Annual administration report of the Civil Veterinary Department of India - 1910-1911
Year: 1910
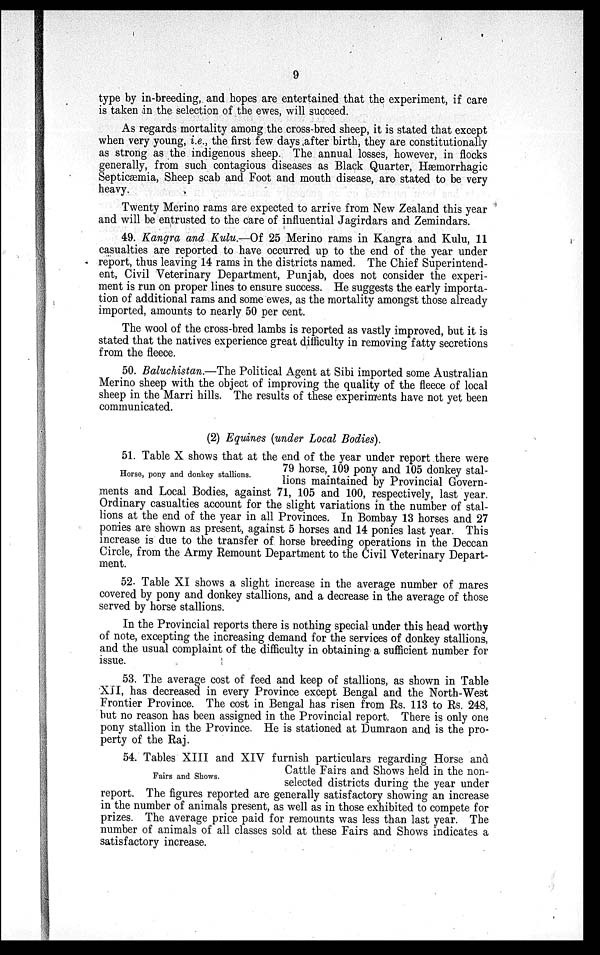
9
type by in-breeding, and hopes are entertained that the experiment, if care
is taken in the selection of the ewes, will succeed.
As regards mortality among the cross-bred sheep, it is stated that except
when very young, i.e., the first few days after birth, they are constitutionally
as strong as the indigenous sheep. The annual losses, however, in flocks
generally, from such contagious diseases as Black Quarter, Hæmorrhagic
Septicæmia, Sheep scab and Foot and mouth disease, are stated to be very
heavy.
Twenty Merino rams are expected to arrive from New Zealand this year
and will be entrusted to the care of influential Jagirdars and Zemindars.
49. Kangra and Kulu.—Of 25 Merino rams in Kangra and Kulu, 11
casualties are reported to have occurred up to the end of the year under
report, thus leaving 14 rams in the districts named. The Chief Superintend-
ent, Civil Veterinary Department, Punjab, does not consider the experi-
ment is run on proper lines to ensure success. He suggests the early importa-
tion of additional rams and some ewes, as the mortality amongst those already
imported, amounts to nearly 50 per cent.
The wool of the cross-bred lambs is reported as vastly improved, but it is
stated that the natives experience great difficulty in removing fatty secretions
from the fleece.
50. Baluchistan.—The Political Agent at Sibi imported some Australian
Merino sheep with the object of improving the quality of the fleece of local
sheep in the Marri hills. The results of these experiments have not yet been
communicated.
(2) Equines (under Local Bodies).
Horse, pony and donkey stallions.
51. Table X shows that at the end of the year under report there were
79 horse, 109 pony and 105 donkey stal-
lions maintained by Provincial Govern-
ments and Local Bodies, against 71, 105 and 100, respectively, last year.
Ordinary casualties account for the slight variations in the number of stal-
lions at the end of the year in all Provinces. In Bombay 13 horses and 27
ponies are shown as present, against 5 horses and 14 ponies last year. This
increase is due to the transfer of horse breeding operations in the Deccan
Circle, from the Army Remount Department to the Civil Veterinary Depart-
ment.
52. Table XI shows a slight increase in the average number of mares
covered by pony and donkey stallions, and a decrease in the average of those
served by horse stallions.
In the Provincial reports there is nothing special under this head worthy
of note, excepting the increasing demand for the services of donkey stallions,
and the usual complaint of the difficulty in obtaining a sufficient number for
issue.
53. The average cost of feed and keep of stallions, as shown in Table
XII, has decreased in every Province except Bengal and the North-West
Frontier Province. The cost in Bengal has risen from Rs. 113 to Rs. 248,
but no reason has been assigned in the Provincial report. There is only one
pony stallion in the Province. He is stationed at Dumraon and is the pro-
perty of the Raj.
Fairs and Shows.
54. Tables XIII and XIV furnish particulars regarding Horse and
Cattle Fairs and Shows held in the non-
selected districts during the year under
report. The figures reported are generally satisfactory showing an increase
in the number of animals present, as well as in those exhibited to compete for
prizes. The average price paid for remounts was less than last year. The
number of animals of all classes sold at these Fairs and Shows indicates a
satisfactory increase.